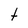
Character: t